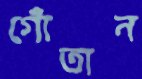
গোঁতান